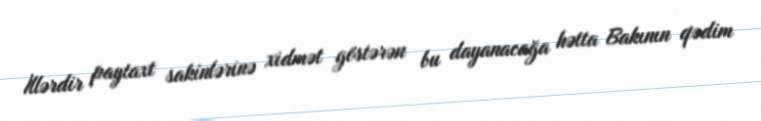
İllərdir paytaxt sakinlərinə xidmət göstərən bu dayanacağa hətta Bakının qədim